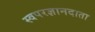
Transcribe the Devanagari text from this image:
स्वपरज्ञानदाता